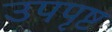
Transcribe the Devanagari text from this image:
उपपृष्ट